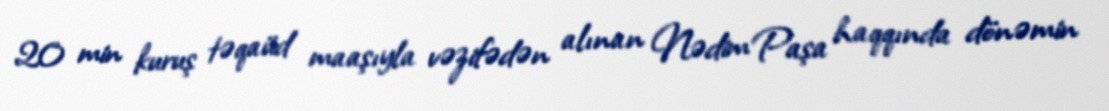
20 min kuruş təqaüd maaşıyla vəzifədən alınan Nədim Paşa haqqında dönəmin